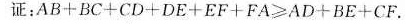
证:$$A B + B C + C D + D E + E F + F A ≥ A D + B E +C F$$.